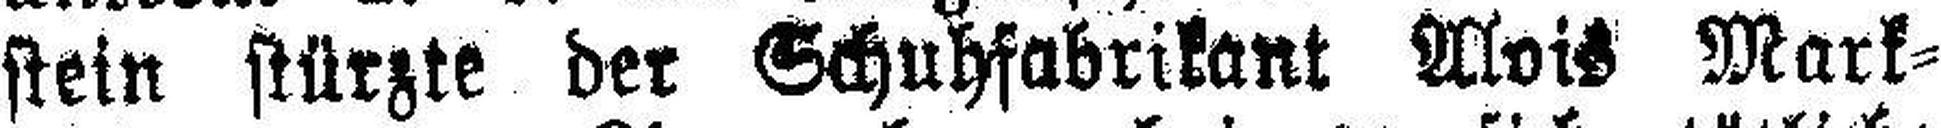
stein stürzte der Schuhfabrikant Mois Mark¬